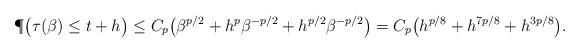
LaTeX: \begin{align*}\P\bigl(\tau(\beta)\leq t+h\bigr)\leq C_{p}\bigl(\beta^{p/2}+h^{p}\beta^{-p/2}+h^{p/2}\beta^{-p/2}\bigr)= C_{p} \bigl( h^{p/8} + h^{7p/8} + h^{3p/8} \bigr). \end{align*}